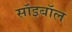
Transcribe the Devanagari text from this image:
सॉइबॉल